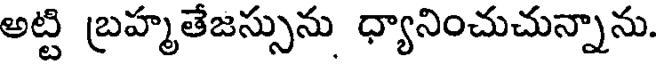
అట్టి బ్రహ్మతేజస్సును ధ్యానించుచున్నాను.